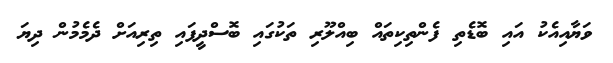
ވަޔާއިއެކު އައި ބޮޑެތި ފެންތިކިތައް ބިއްލޫރި ތަކުގައި ބޮސްދީފައި ތިރިއަށް ދެމެމުން ދިޔަ